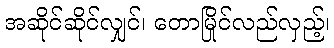
အဆိုင်ဆိုင်လျှင်၊ တောမြိုင်လည်လှည့်၊